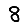
Digit: 8